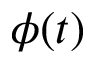
\phi ( t )